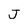
Character: J